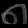
Digit: ၈